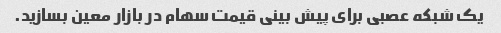
یک شبکه عصبی برای پیش بینی قیمت سهام در بازار معین بسازید.